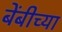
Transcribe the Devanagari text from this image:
बेंबीच्या